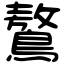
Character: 鷔